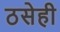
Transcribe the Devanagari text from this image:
ठसेही